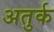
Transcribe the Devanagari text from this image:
अतुर्क